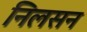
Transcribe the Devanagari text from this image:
निलसन